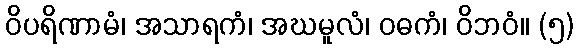
ဝိပရိဏာမံ၊ အသာရကံ၊ အဃမူလံ၊ ဝဓကံ၊ ဝိဘဝံ။ (၅)